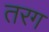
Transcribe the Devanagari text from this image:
तरग